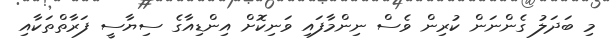
މި ބަދަލު ގެންނަން ކުރިން ވެސް ނިންމާފައި ވަނިކޮށް އިންޑިއާގެ ސިޔާސީ ފަރާތްތަކާއި